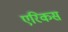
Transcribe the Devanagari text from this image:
एरिकस